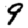
Digit: 9